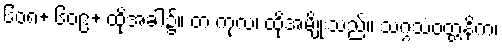
၆၀၈+ ၆၀၉+ ထိုအခါ၌။ တံ ကုလံ၊ ထိုအမျိုးသည်။ သဂ္ဂသံဝတ္တနိကံ၊